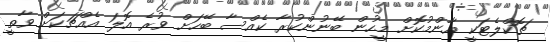
ޗޮކްލެޓަކީ އާންމުކޮށް މީހުން ބޭނުންކުރާ ކެއްސާ ބޭހަށް ވުރެ އޮޮލަ އެއްޗަކަށް ވާތީ